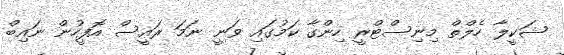
ޝަކީލާ ހެލްތް މިނިސްޓްރީ ހިންގާ ކަމުގައި ވަނީ ނަމަ ރައީސް އޮފީހުން ނައިބް